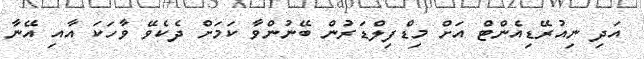
އަދި ނިއުރޭޑިއެންޓް އަށް މިޑްފިލްޑަރުން ބޭނުންވާ ކަމަށް ދެކެވޭ ވާހަކަ އާއި އޭނާ